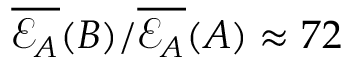
\overline { { \mathcal { E } _ { A } } } ( B ) / \overline { { \mathcal { E } _ { A } } } ( A ) \approx 7 2